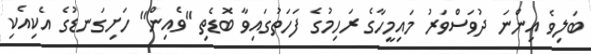
ބަލިވެ އިންނަ ދުވަސްވަރު މައިމީހާގެ ރަހިމުގެ ފަހަތުގައިވާ ބޮޑެތި ''ވެއިން'' ހަށިގަނޑުގެ އެކިއެކި